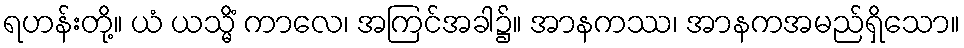
ရဟန်းတို့။ ယံ ယသ္မိံ ကာလေ၊ အကြင်အခါ၌။ အာနကဿ၊ အာနကအမည်ရှိသော။